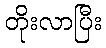
တိုးလာပြီး